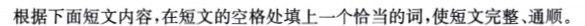
根据下面短文内容,在短文的空格处填上一个恰当的词，使短文完整、通顺.。